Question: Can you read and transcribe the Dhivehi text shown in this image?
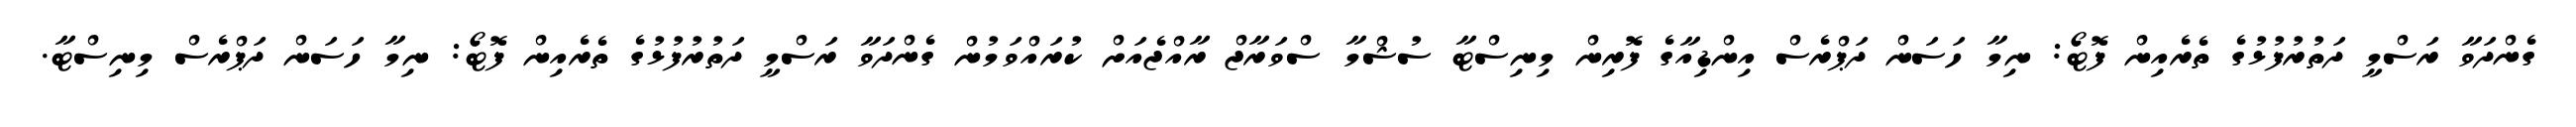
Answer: ގެންދަވާ ރަސްމީ ދަތުރުފުޅުގެ ތެރެއިން ފޮޓޯ: ނިމާ ހަސަން ދަޕްރެސް އިންޑިއާގެ ފޮރިން މިނިސްޓާ ސުޝްމާ ސްވަރާޖް ރާއްޖެއަށް ކުރައްވަމުން ގެންދަވާ ރަސްމީ ދަތުރުފުޅުގެ ތެރެއިން ފޮޓޯ: ނިމާ ހަސަން ދަޕްރެސް މިނިސްޓާ.